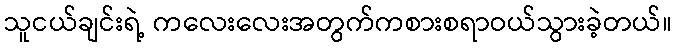
သူငယ်ချင်းရဲ့ ကလေးလေးအတွက်ကစားစရာဝယ်သွားခဲ့တယ်။